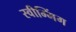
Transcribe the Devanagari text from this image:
स्वीम्मिंग